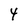
Character: 4